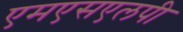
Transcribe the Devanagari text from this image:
एमएसएलपी